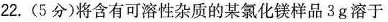
22.(5分)将含有可溶性杂质的某氯化镁样品3g溶于